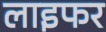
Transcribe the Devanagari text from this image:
लाइफर